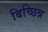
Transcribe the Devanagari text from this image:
बिच्छिन्न